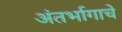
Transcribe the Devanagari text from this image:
अंतर्भागाचे